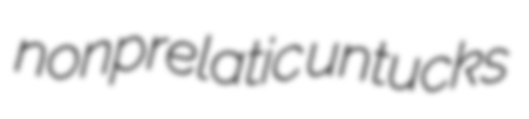
nonprelatic untucks